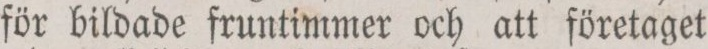
för bildade fruntimmer och att företaget